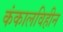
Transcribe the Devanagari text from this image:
कंकालविहीन